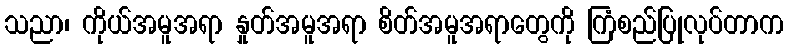
သညာ၊ ကိုယ်အမူအရာ နှုတ်အမူအရာ စိတ်အမူအရာတွေကို ကြံစည်ပြုလုပ်တာက